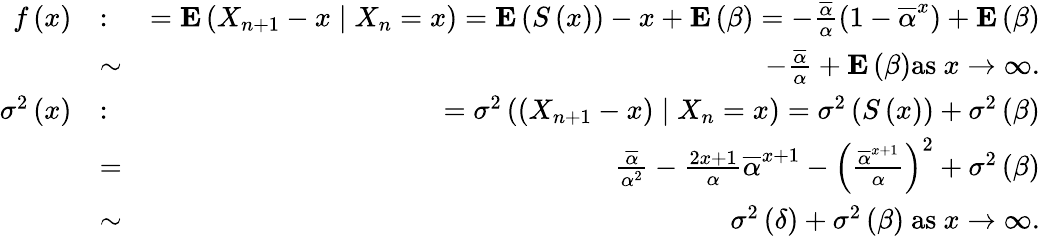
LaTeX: \begin{array}{rlr}{f\left(x\right)}&{:}&{={\mathbf E}\left(X_{n+1}-x\mid X_{n}=x\right)={\mathbf E}\left(S\left(x\right)\right)-x+{\mathbf E}\left(\beta\right)=-\frac{\overline{{\alpha}}}{\alpha}\left(1-\overline{{\alpha}}^{x}\right)+{\mathbf E}\left(\beta\right)}\\ &{\sim}&{-\frac{\overline{{\alpha}}}{\alpha}+{\mathbf E}\left(\beta\right)\mathrm{as~}x\rightarrow\infty.}\\ {\sigma^{2}\left(x\right)}&{:}&{=\sigma^{2}\left(\left(X_{n+1}-x\right)\mid X_{n}=x\right)=\sigma^{2}\left(S\left(x\right)\right)+\sigma^{2}\left(\beta\right)}\\ &{=}&{\frac{\overline{{\alpha}}}{\alpha^{2}}-\frac{2x+1}{\alpha}\overline{{\alpha}}^{x+1}-\left(\frac{\overline{{\alpha}}^{x+1}}{\alpha}\right)^{2}+\sigma^{2}\left(\beta\right)}\\ &{\sim}&{\sigma^{2}\left(\delta\right)+\sigma^{2}\left(\beta\right)\mathrm{~as~}x\rightarrow\infty.}\end{array}